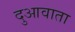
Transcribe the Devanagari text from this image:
दुआवाता